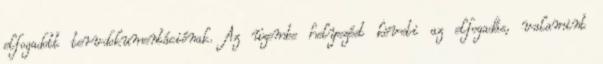
elfogadott tervdokumentációnak. Az üzembe helyezést követi az elfogadás, valamint